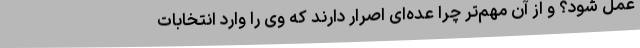
عمل شود؟ و از آن مهم‌تر چرا عده‌ای اصرار دارند که وی را وارد انتخابات